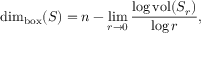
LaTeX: \dim _ { \mathrm { b o x } } ( S ) = n - \operatorname* { l i m } _ { r \to 0 } { \frac { \log { \mathrm { v o l } } ( S _ { r } ) } { \log r } } ,